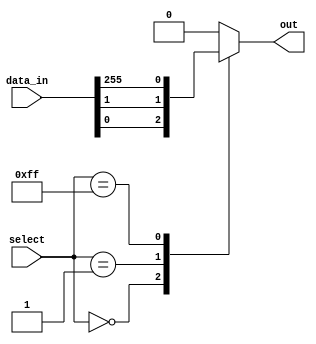
module multiplexer_256to1 (
    input [255:0] data_in,
    input [7:0] select,
    output reg out
);

always @(*) begin
    case (select)
        8'b00000000: out = data_in[0];
        8'b00000001: out = data_in[1];
        //Continue for all 256 input possibilities
        8'b11111111: out = data_in[255];
        default: out = 0; //Default output when select does not match any case
    endcase
end

endmodule